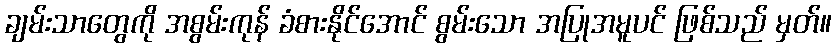
ချမ်းသာတွေကို အစွမ်းကုန် ခံစားနိုင်အောင် စွမ်းသော အပြုအမူပင် ဖြစ်သည် မှတ်။